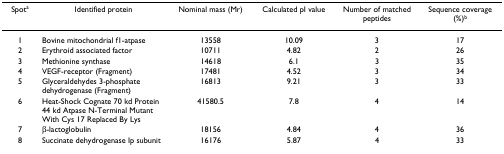
<table><thead><tr><td><b>Spot<sup>a</sup></b></td><td><b>Identified protein</b></td><td><b>Nominal mass (Mr)</b></td><td><b>Calculated pI value</b></td><td><b>Number of matched peptides</b></td><td><b>Sequence coverage (%)<sup>b</sup></b></td></tr></thead><tbody><tr><td>1</td><td>Bovine mitochondrial f1-atpase</td><td>13558</td><td>10.09</td><td>3</td><td>17</td></tr><tr><td>2</td><td>Erythroid associated factor</td><td>10711</td><td>4.82</td><td>2</td><td>26</td></tr><tr><td>3</td><td>Methionine synthase</td><td>14618</td><td>6.1</td><td>3</td><td>35</td></tr><tr><td>4</td><td>VEGF-receptor (Fragment)</td><td>17481</td><td>4.52</td><td>3</td><td>34</td></tr><tr><td>5</td><td>Glyceraldehydes 3-phosphate dehydrogenase (Fragment)</td><td>16813</td><td>9.21</td><td>3</td><td>33</td></tr><tr><td>6</td><td>Heat-Shock Cognate 70 kd Protein 44 kd Atpase N-Terminal Mutant With Cys 17 Replaced By Lys</td><td>41580.5</td><td>7.8</td><td>4</td><td>14</td></tr><tr><td>7</td><td>β-lactoglobulin</td><td>18156</td><td>4.84</td><td>4</td><td>36</td></tr><tr><td>8</td><td>Succinate dehydrogenase Ip subunit</td><td>16176</td><td>5.87</td><td>4</td><td>33</td></tr></tbody></table>